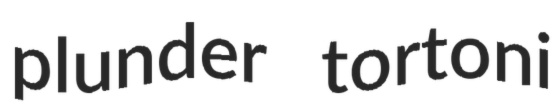
plunder tortoni